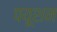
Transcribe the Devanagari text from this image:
पयूशन